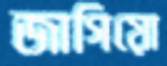
জাগিয়ো